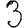
Digit: 3